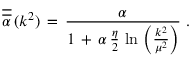
\overline { { { \overline { { { \alpha } } } } } } \, ( k ^ { 2 } ) \, = \, \frac { \alpha } { 1 \, + \, \alpha \, \frac { \eta } { 2 } \, \ln \, \left( \frac { k ^ { 2 } } { \mu ^ { 2 } } \right) } \, \, .